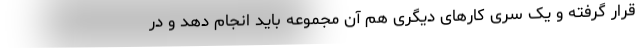
قرار گرفته و یک سری کارهای دیگری هم آن مجموعه باید انجام دهد و در